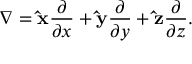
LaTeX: \nabla = \mathbf { \hat { x } } { \frac { \partial } { \partial x } } + \mathbf { \hat { y } } { \frac { \partial } { \partial y } } + \mathbf { \hat { z } } { \frac { \partial } { \partial z } } .